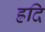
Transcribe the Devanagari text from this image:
ह्रदि